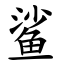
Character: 鲨